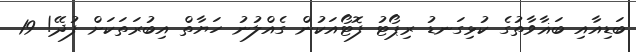
ބަޑިއާއި ބަޣާވާތުގެ ކުޅިގަނޑު ރިޕޯޓު ފޮޓޯއަކުން ގެއްލުނު ހަޔާތް އިބުރަތަކަށް ފުދޭ! 19